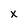
Character: x